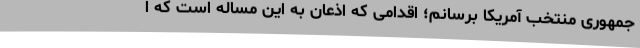
جمهوری منتخب آمریکا برسانم؛ اقدامی که اذعان به این مساله است که ا